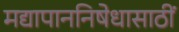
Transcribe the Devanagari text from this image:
मद्यापाननिषेधासाठीं